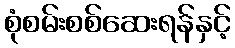
စုံစမ်းစစ်ဆေးရန်နှင့်